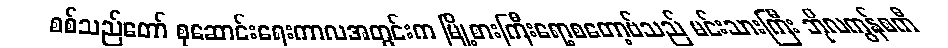
စစ်သည်တော် စုဆောင်းရေးကာလအတွင်းက မြို့စားကြီးရော့စတော့ဗ်သည် မင်းသားကြီး ဘိုလကွန်စကီ